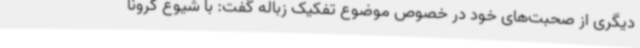
دیگری از صحبت‌های خود در خصوص موضوع تفکیک زباله گفت: با شیوع کرونا